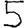
Digit: 5